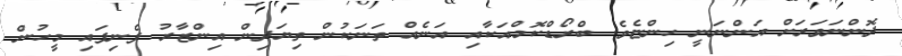
ދޮންނަވަރަށް އަންނަނީ ހިންޏެވެ. ބްރޯޑްކޮމްއަކާއި އަނެއް ތަނަކުން ތިޔަދިން އިންޒާރު ފެނިފައި މީހުން